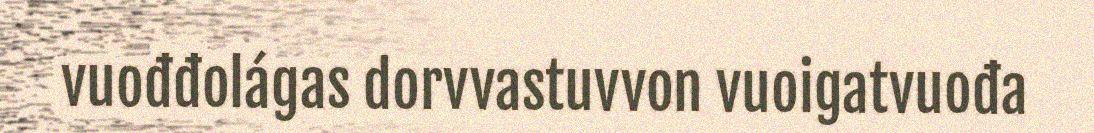
vuođđolágas dorvvastuvvon vuoigatvuođa